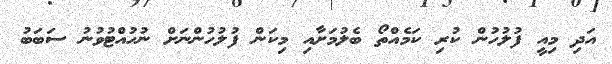
އަދި މިއީ ފުލުހުން ކުރި ކަމެއްތޯ ބެލުމަށާއި މިކަން ފުލުހުންނަށް ނުހުއްޓުވުނު ސަބަބު